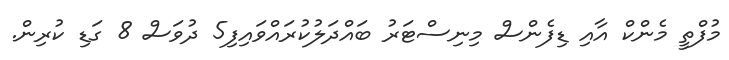
މުފްތީ މެންކް އާއި ޑިފެންސް މިނިސްޓަރު ބައްދަލުކުރައްވައިފި5 ދުވަސް 8 ގަޑި ކުރިން.